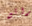
رائع